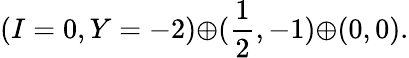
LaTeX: (I=0,Y=-2){\oplus}(\frac{1}{2},-1){\oplus}(0,0).